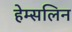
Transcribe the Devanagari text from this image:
हेम्सलिन